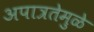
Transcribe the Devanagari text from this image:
अपात्रतेमुळे